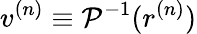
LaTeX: v^{(n)}\equiv{\cal P}^{-1}(r^{(n)})